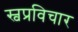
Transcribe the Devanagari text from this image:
स्वप्रविचार